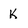
Character: K